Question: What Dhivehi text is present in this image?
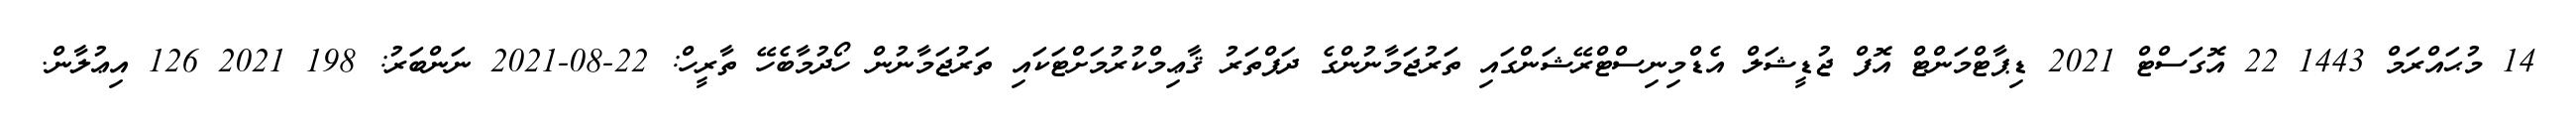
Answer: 14 މުޙައްރަމް 1443 22 އޮގަސްޓް 2021 ޑިޕާޓްމަންޓް އޮފް ޖުޑީޝަލް އެޑްމިނިސްޓްރޭޝަންގައި ތަރުޖަމާނުންގެ ދަފްތަރު ޤާޢިމްކުރުމަށްޓަކައި ތަރުޖަމާނުން ހޯދުމާބެހޭ ތާރީހް: 22-08-2021 ނަންބަރު: 198 2021 126 އިޢުލާން.